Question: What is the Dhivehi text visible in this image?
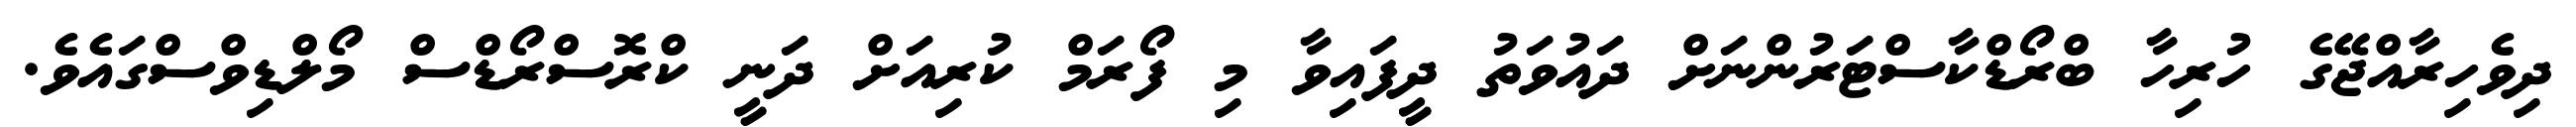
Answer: ދިވެހިރާއްޖޭގެ ހުރިހާ ބްރޯޑްކާސްޓަރުންނަށް ދައުވަތު ދީފައިވާ މި ފޯރަމް ކުރިއަށް ދަނީ ކްރޮސްރޯޑްސް މޯލްޑިވްސްގައެވެ.